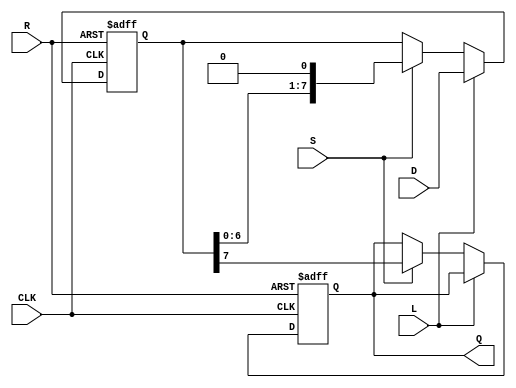
module PISO_Register #(
    parameter n = 8  // Parameter for the width of the parallel data input
)(
    input wire [n-1:0] D,     // Parallel data input
    input wire L,             // Load control signal
    input wire CLK,           // Clock signal
    input wire S,             // Shift control signal
    input wire R,             // Asynchronous reset signal
    output reg Q              // Serial output
);

    reg [n-1:0] shift_reg;    // Shift register to hold the data

    // Asynchronous reset
    always @(posedge CLK or posedge R) begin
        if (R) begin
            shift_reg <= {n{1'b0}}; // Clear the shift register
            Q <= 1'b0;              // Clear the serial output
        end else if (L) begin
            shift_reg <= D;         // Load parallel data into the shift register
        end else if (S) begin
            Q <= shift_reg[n-1];    // Output the MSB (or LSB depending on design)
            shift_reg <= {shift_reg[n-2:0], 1'b0}; // Shift right and fill with 0
        end
    end

endmodule